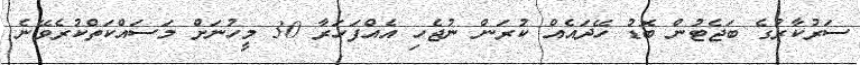
ސަރުކާރުގެ ބަޖެޓުން ބޮޑު ހޭދައެއް ކުރަން ނުޖެހި އެއްފަހަރާ 30 މީހުނަށް މަސައްކަތްކުރެވޭނެ